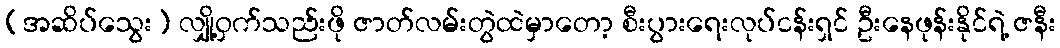
(အဆိပ်သွေး) လျှို့ဝှက်သည်းဖို ဇာတ်လမ်းတွဲထဲမှာတော့ စီးပွားရေးလုပ်ငန်းရှင် ဦးနေဖုန်းနိုင်ရဲ့ ဇနီး